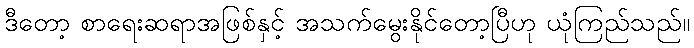
ဒီတော့ စာရေးဆရာအဖြစ်နှင့် အသက်မွေးနိုင်တော့ပြီဟု ယုံကြည်သည်။